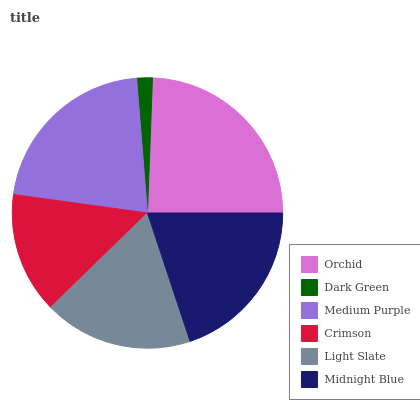
| Orchid | Dark Green | Medium Purple | Crimson | Light Slate | Midnight Blue |
 | --- | --- | --- | --- | --- | --- |
 | 24.4% | 1.86% | 21.5% | 14.5% | 17.8% | 19.9% |